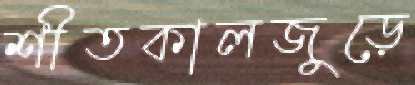
শীতকালজুড়ে